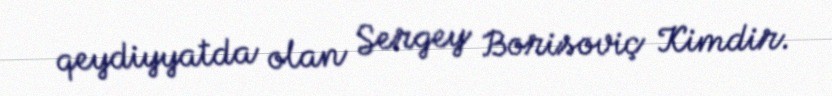
qeydiyyatda olan Sergey Borisoviç Kimdir.